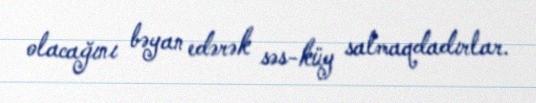
olacağını bəyan edərək səs-küy salmaqdadırlar.